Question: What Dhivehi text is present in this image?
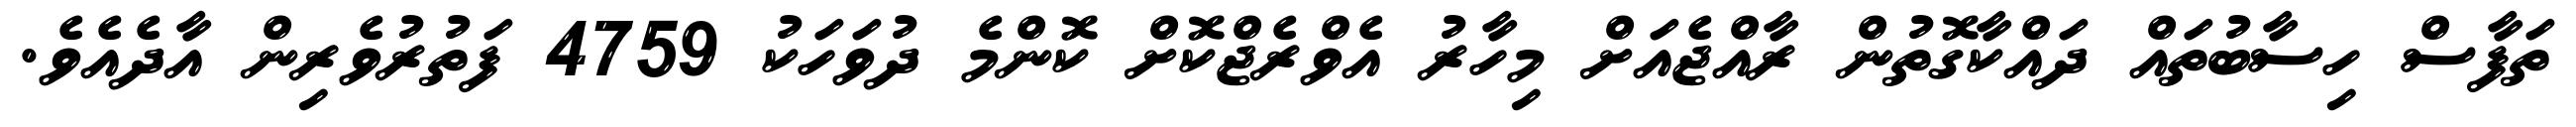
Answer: ތަފާސް ހިސާބުތައް ދައްކާގޮތުން ރާއްޖެއަށް މިހާރު އެވްރެޖްކޮށް ކޮންމެ ދުވަހަކު 4759 ފަތުރުވެރިން އާދެއެވެ.